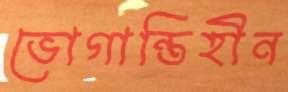
ভোগান্তিহীন